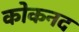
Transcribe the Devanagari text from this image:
कोकनद